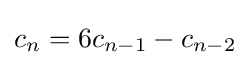
c_{n}=6c_{n-1}-c_{n-2}